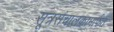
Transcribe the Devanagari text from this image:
सूत्रसंचालकामार्फत